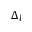
\Delta _ { l }